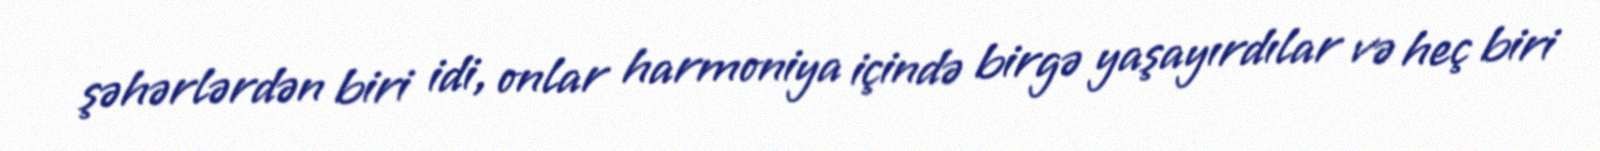
şəhərlərdən biri idi, onlar harmoniya içində birgə yaşayırdılar və heç biri